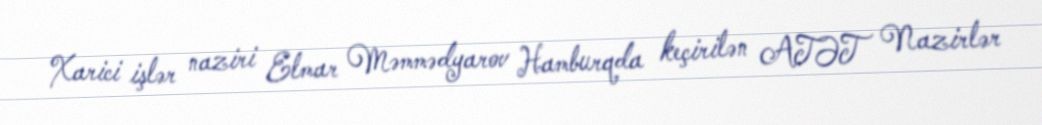
Xarici işlər naziri Elmar Məmmədyarov Hamburqda keçirilən ATƏT Nazirlər